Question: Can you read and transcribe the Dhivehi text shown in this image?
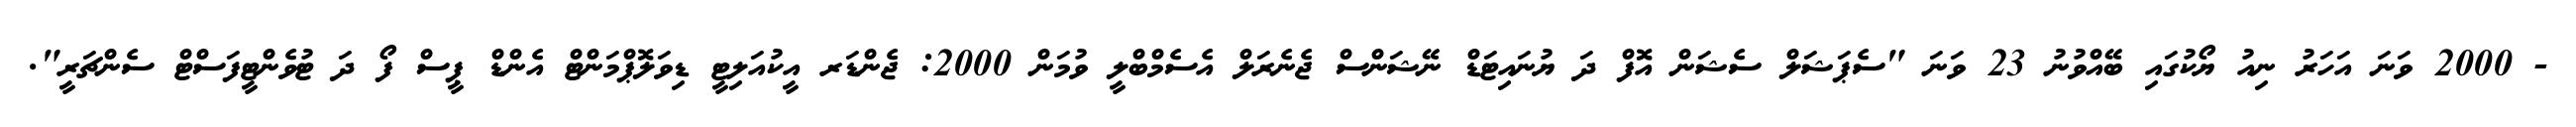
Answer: - 2000 ވަނަ އަހަރު ނިއު ޔޯކުގައި ބޭއްވުނު 23 ވަނަ "ސެޕަޝަލް ސެޝަން އޮފް ދަ ޔުނައިޓަޑް ނޭޝަންސް ޖެނެރަލް އެސެމްބްލީ ވުމަން 2000: ޖެންޑަރ އީކުއަލިޓީ ޑިވަލޮޕްމަންޓް އެންޑް ޕީސް ފޯ ދަ ޓުވެންޓީފަސްޓް ސެންޗަރީ".